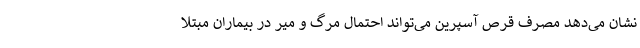
نشان می‌دهد مصرف قرص آسپرین می‌تواند احتمال مرگ و میر در بیماران مبتلا